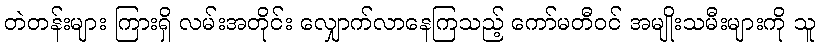
တဲတန်းများ ကြားရှိ လမ်းအတိုင်း လျှောက်လာနေကြသည့် ကော်မတီဝင် အမျိုးသမီးများကို သူ